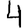
Digit: 4